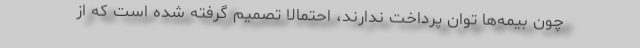
چون بیمه‌ها توان پرداخت ندارند، احتمالا تصمیم گرفته شده است كه از